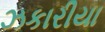
ઝકારીયા